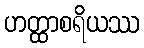
ဟတ္ထာစရိယဿ